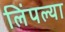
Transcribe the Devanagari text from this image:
लिंपल्या